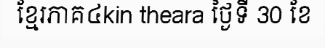
ខ្មែរភាគ៤kin theara ថ្ងៃទី 30 ខែ